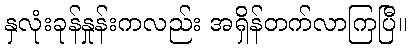
နှလုံးခုန်နှုန်းကလည်း အရှိန်တက်လာကြပြီ။